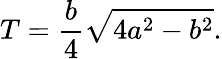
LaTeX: T={\frac{b}{4}}{\sqrt{4a^{2}-b^{2}}}.